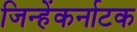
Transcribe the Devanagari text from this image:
जिन्हेंकर्नाटक